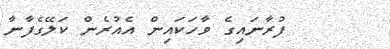
ފުރާނައިގެ ވާހަކައިން އެއުރެން ކަލޭގެފާނާ